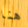
هنا